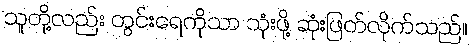
သူတို့လည်း တွင်းရေကိုသာ သုံးဖို့ ဆုံးဖြတ်လိုက်သည်။